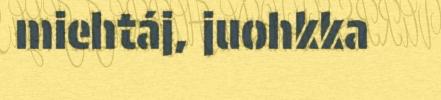
miehtáj, juohkka